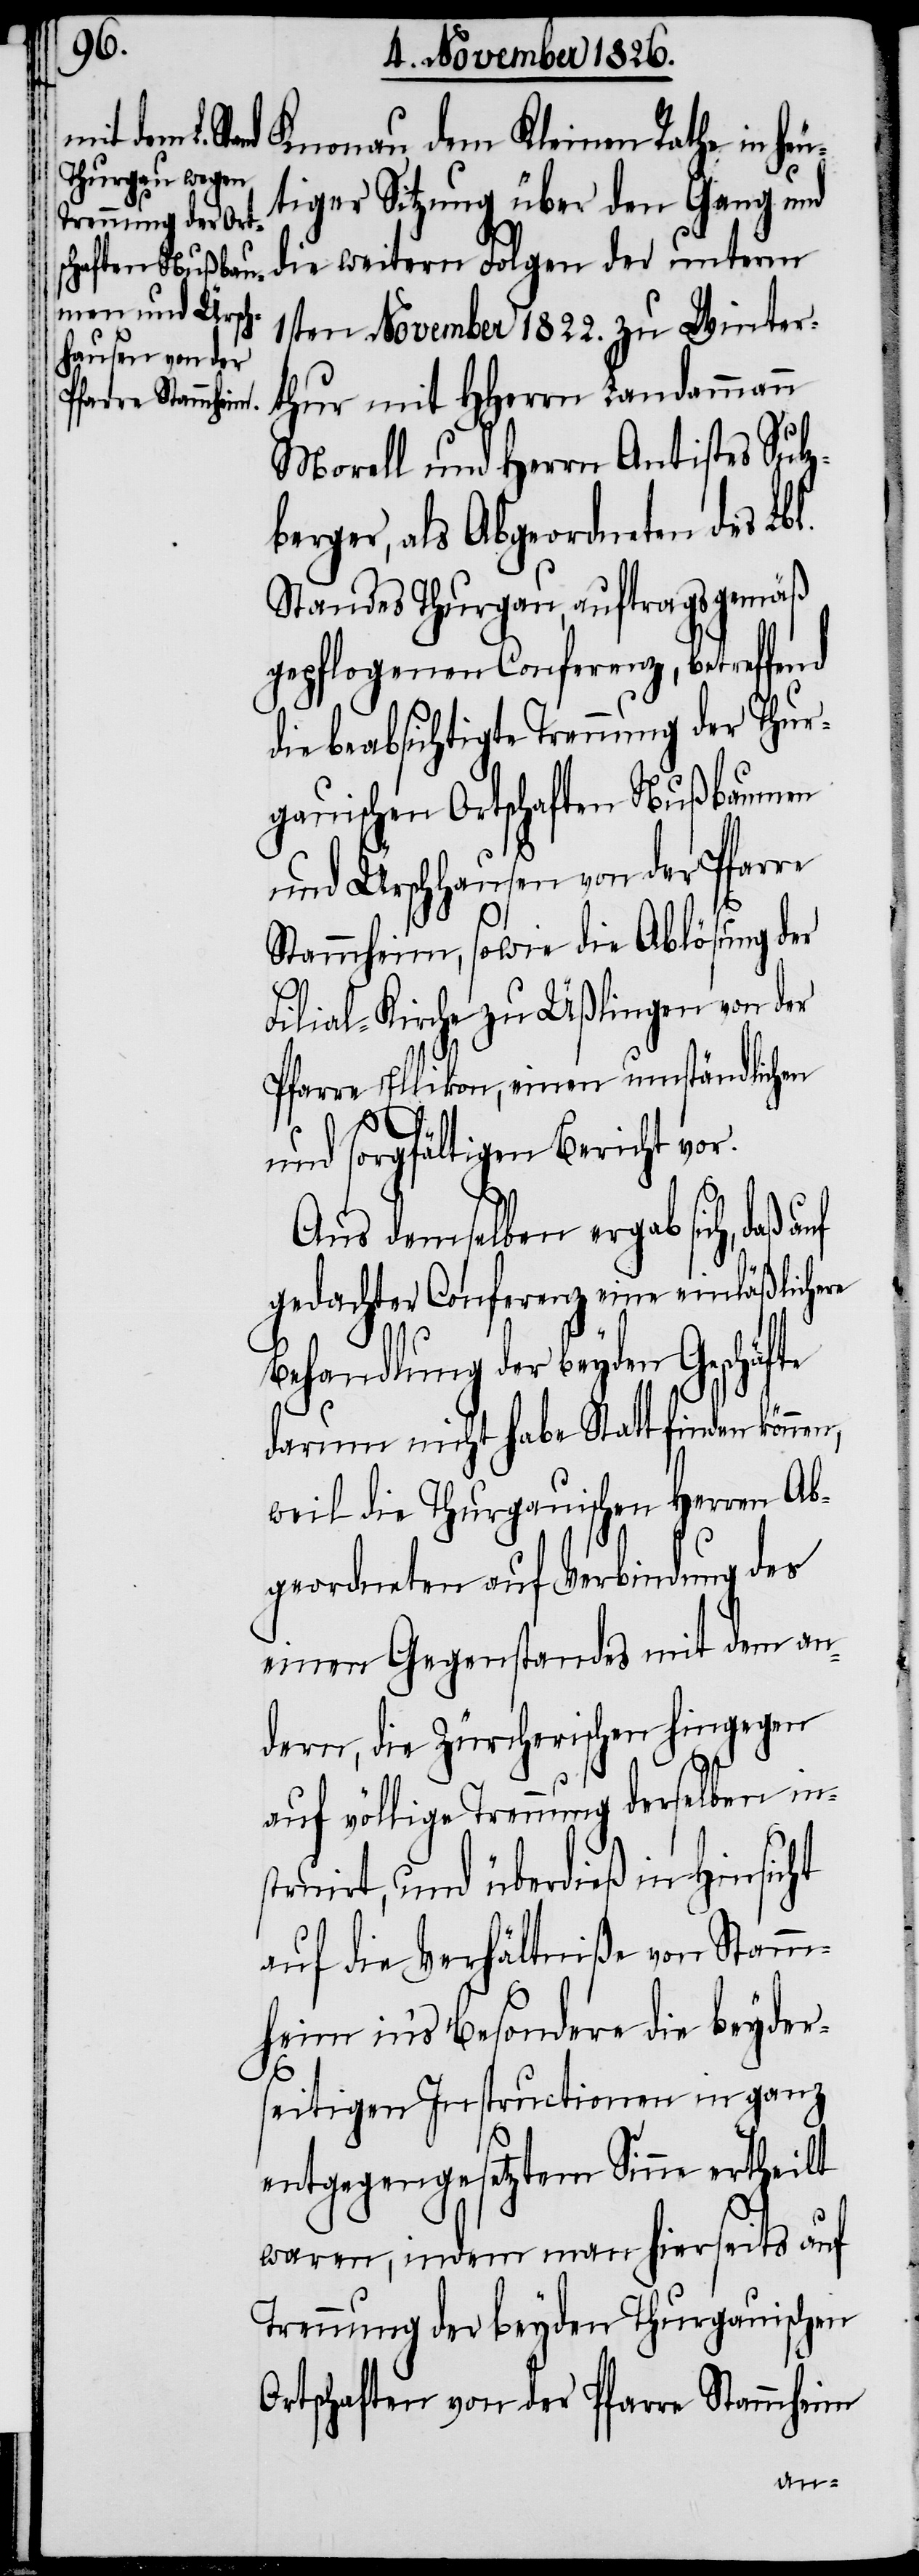
Knonau dem Kleinen Rathe in heu¬
tiger Sitzung über den Gang und
die weitern Folgen der unterm
1sten November 1822. zu Winter¬
thur mit HHerrn Landammann
Morell und Herrn Antistes Sulz¬
berger, als Abgeordneten des Lbl.
Standes Thurgau, auftragsgemäß
gepflogenen Conferenz, betreffend
die beabsichtigte Trennung der Thur¬
gauischen Ortschaften Nußbaumen
und Ürschhausen von der Pfarre
Stammheim, sowie die Ablösung der
Filial-Kirche zu Üßlingen von der
Pfarre Ellikon, einen umständlichen
und sorgfältigen Bericht vor.
Aus demselben ergab sich, daß
gedachter Conferenz eine einläßlichere
Behandlung der beyden Geschäfte
darum nicht habe Statt finden könn¬
weil die Thurgauischen Herren Ab¬
geordneten auf Verbindung des
einen Gegenstandes mit dem an¬
dern, die Zürcherischen hingegen
auf völlige Trennung derselben in¬
struirt, und überdieß in Hinsicht
auf die Verhältniße von Stamm¬
heim in’s Besondere die beyder¬
seitigen Instructionen in ganz
entgegengesetztem Sinne ertheilt
waren, indem man hierseits auf
Trennung der beyden Thurgauischen
Ortschaften von der Pfarre Stammheim
en,